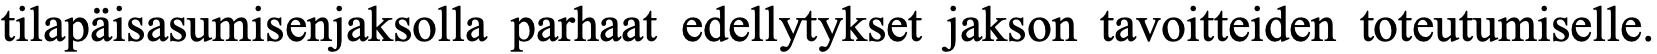
tilapäisasumisenjaksolla parhaat edellytykset jakson tavoitteiden toteutumiselle.